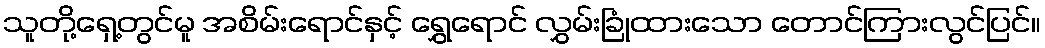
သူတို့ရှေ့တွင်မူ အစိမ်းရောင်နှင့် ရွှေရောင် လွှမ်းခြုံထားသော တောင်ကြားလွင်ပြင်။